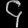
Digit: ၄